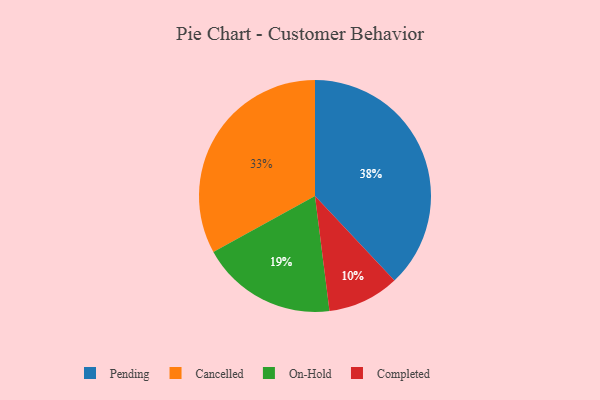
{"axis": {"x": "Category", "y": "Percentage"}, "legend": ["Cancelled", "Completed", "On-Hold", "Pending"], "data": [{"x": "Cancelled", "y": 33, "type": "Cancelled"}, {"x": "Pending", "y": 38, "type": "Pending"}, {"x": "On-Hold", "y": 19, "type": "On-Hold"}, {"x": "Completed", "y": 10, "type": "Completed"}]}